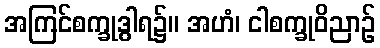
အကြင်စက္ခုဒွါရ၌။ အဟံ၊ ငါစက္ခုဝိညာဉ်